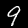
Digit: 9